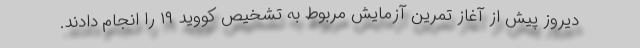
دیروز پیش از آغاز تمرین آزمایش مربوط به تشخیص کووید ۱۹ را انجام دادند.